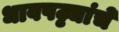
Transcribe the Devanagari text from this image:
धावपट्ट्यांचे